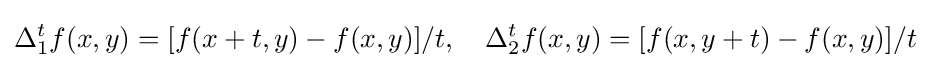
\Delta _{1}^{t}f(x,y)=[f(x+t,y)-f(x,y)]/t,\,\,\,\,\,\,\Delta _{2}^{t}f(x,y)=[f(x,y+t)-f(x,y)]/t